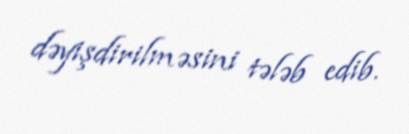
dəyişdirilməsini tələb edib.